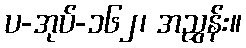
ပ-အုပ်-၁၆၂၊ အညွှန်း။